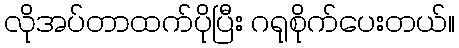
လိုအပ်တာထက်ပိုပြီး ဂရုစိုက်ပေးတယ်။